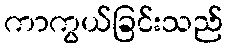
ကာကွယ်ခြင်းသည်